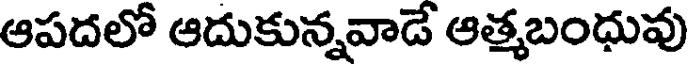
ఆపదలో ఆదుకున్నవాడే ఆత్మబంధువు